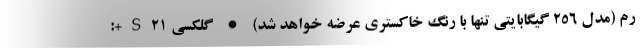
رم (مدل 256 گیگابایتی تنها با رنگ خاکستری عرضه خواهد شد) • گلکسی S21+: